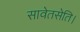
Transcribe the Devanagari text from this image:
सावेतसेति।